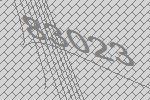
83023